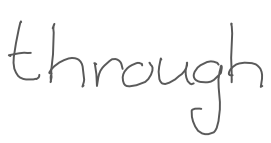
Text: through
Cross-out: clean
Writing tool: digital_gray